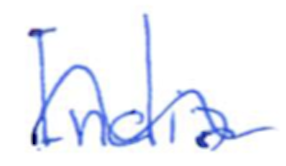
Text: India
Cross-out: wave
Writing tool: ballpoint